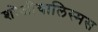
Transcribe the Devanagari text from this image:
शोजीयालिस्मस